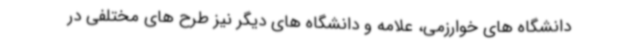
دانشگاه های خوارزمی، علامه و دانشگاه های دیگر نیز طرح های مختلفی در